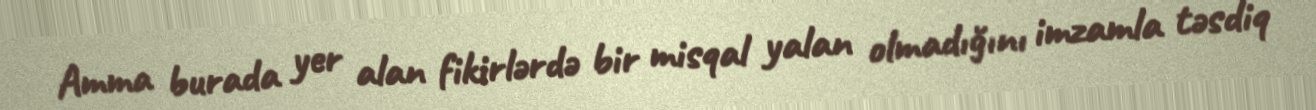
Amma burada yer alan fikirlərdə bir misqal yalan olmadığını imzamla təsdiq